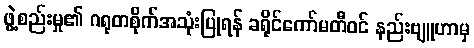
ဖွဲ့စည်းမှု၏ ဂရုတစိုက်အသုံးပြုရန် ခရိုင်ကော်မတီဝင် နည်းဗျူဟာမှ